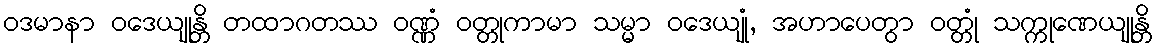
ဝဒမာနာ ဝဒေယျုန္တိ တထာဂတဿ ဝဏ္ဏံ ဝတ္တုကာမာ သမ္မာ ဝဒေယျုံ, အဟာပေတွာ ဝတ္တုံ သက္ကုဏေယျုန္တိ